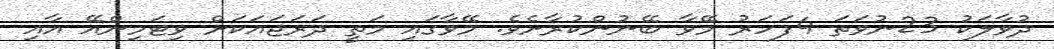
ދުވާލަކު 23ނުވަތަ 4ފަަހަރު މޭވާ ބޭނުންކުރާށެވެ. މޭވާގައި މަތީ ދަރަޖައަކަށް ވިޓަމިންއޭ އާއި